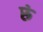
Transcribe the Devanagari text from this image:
रुं